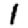
Digit: 1